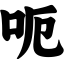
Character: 呃